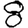
Digit: 8